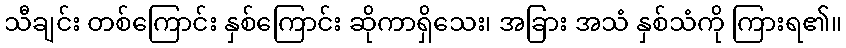
သီချင်း တစ်ကြောင်း နှစ်ကြောင်း ဆိုကာရှိသေး၊ အခြား အသံ နှစ်သံကို ကြားရ၏။